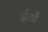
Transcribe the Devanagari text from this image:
ईटोंं